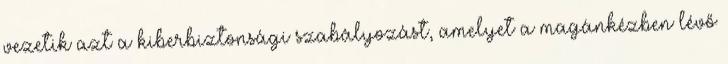
vezetik azt a kiberbiztonsági szabályozást, amelyet a magánkézben lévő